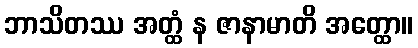
ဘာသိတဿ အတ္ထံ န ဇာနာမာတိ အတ္ထော။